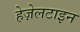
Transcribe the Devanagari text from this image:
हेज़ेलटाइन